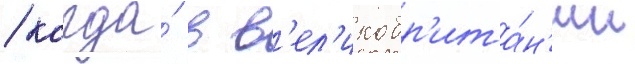
/ когда́ в в'ел'икобр'ита́н'ии